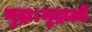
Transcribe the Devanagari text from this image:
मुद्रा।मुद्राओं